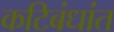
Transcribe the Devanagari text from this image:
कटिबंधांत